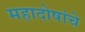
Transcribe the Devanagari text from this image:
महादोषांचे